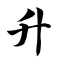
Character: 升